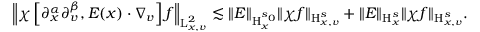
\begin{array} { r } { \left\Vert \chi \left[ \partial _ { x } ^ { \alpha } \partial _ { v } ^ { \beta } , E ( x ) \cdot \nabla _ { v } \right] f \right\Vert _ { \mathrm { L } _ { x , v } ^ { 2 } } \lesssim \Vert E \Vert _ { \mathrm { H } _ { x } ^ { s _ { 0 } } } \Vert \chi f \Vert _ { \mathrm { H } _ { x , v } ^ { s } } + \Vert E \Vert _ { \mathrm { H } _ { x } ^ { s } } \Vert \chi f \Vert _ { \mathrm { H } _ { x , v } ^ { s } } . } \end{array}